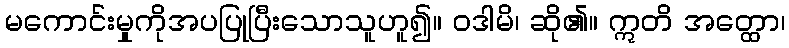
မကောင်းမှုကိုအပပြုပြီးသောသူဟူ၍။ ဝဒါမိ၊ ဆို၏။ ဣတိ အတ္ထော၊